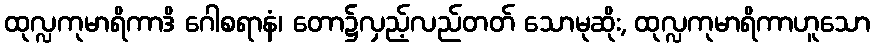
ထုလ္လကုမာရိကာဒိ ဂေါစရာနံ၊ တော၌လှည့်လည်တတ် သောမုဆိုး, ထုလ္လကုမာရိကာဟူသော